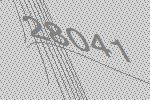
28041